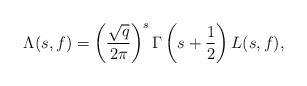
LaTeX: \begin{align*} \Lambda(s,f) = \left(\frac{\sqrt{q}}{2\pi}\right)^s \Gamma\left(s+\frac{1}{2}\right)L(s,f),\end{align*}